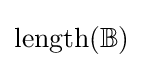
{\rm {length}}(\mathbb {B} )